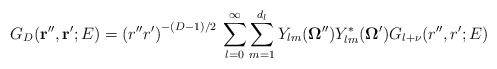
\begin{align*}G_{D}({\bf r''}, {\bf r'}; E) =\left( r'' r' \right)^{-(D-1)/2}\,\sum_{l= 0}^{\infty}\sum_{m=1}^{d_{l}}Y_{l m} ({\bf \Omega''})Y_{l m}^{ *} ({\bf \Omega'})G_{l +\nu}(r'',r';E)\; \end{align*}